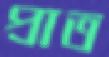
প্রাত